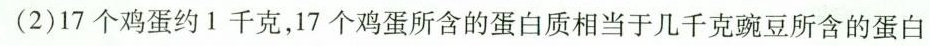
(2)17个鸡蛋约1千克，17个鸡蛋所含的蛋白质相当于几千克豌豆所含的蛋白